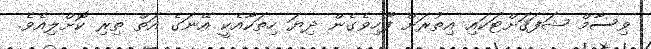
ވިސާމް ޝަފަޤަށްޓަކައި އިތުރަށް ފޫހިވެގެން ދިޔަ ހިތަކާއެކީ އޭނަގެ އަތް ތިރި ކޮށްލިއެވެ.